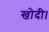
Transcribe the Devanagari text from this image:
खोदी।